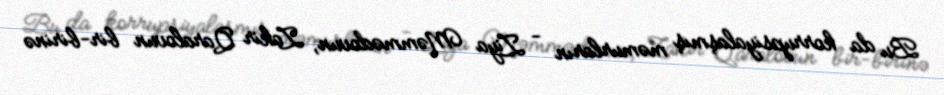
Bu da korrupsiyalaşmış məmurların - Ziya Məmmədovun, Zakir Qaralovun bir-birinə